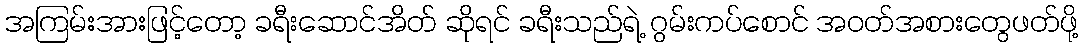
အကြမ်းအားဖြင့်တော့ ခရီးဆောင်အိတ် ဆိုရင် ခရီးသည်ရဲ့ ဂွမ်းကပ်စောင် အဝတ်အစားတွေဖတ်ဖို့